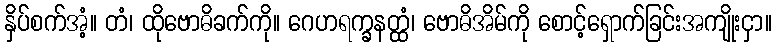
နှိပ်စက်အံ့။ တံ၊ ထိုဗောဓိခက်ကို။ ဂေဟရက္ခနတ္ထံ၊ ဗောဓိအိမ်ကို စောင့်ရှောက်ခြင်းအကျိုးငှာ။